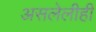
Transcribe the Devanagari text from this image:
असलेलीही